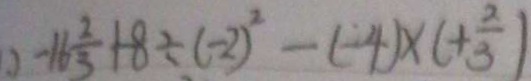
2 - 1 6 \frac { 2 } { 3 } + 8 \div ( - 2 ) ^ { 2 } - ( - 4 ) \times ( + \frac { 2 } { 3 } )